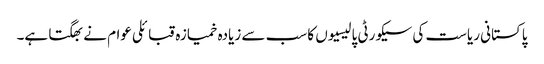
پاکستانی ریاست کی سیکورٹی پالیسیوں کا سب سے زیادہ خمیازہ قبائلی عوام نے بھگتا ہے۔